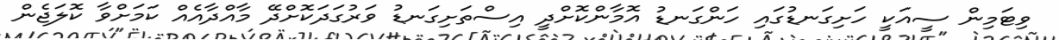
ވިޓަމިން ސީއަކީ ހަށިގަނޑުގައި ހަންގަނޑު އޮމާންކޮށްދީ އިސްތަށިގަނޑު ވަރުގަދަކޮށްދޭ މާއްދާާއެއް ކަމަށްވާ ކޮލަޖެން